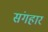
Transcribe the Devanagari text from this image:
संगहार